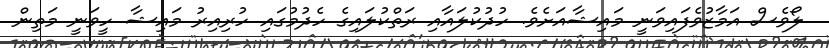
ލޯވެސް އަމާޒުވެފައިވަނީ މައިޝާއަށެވެ. ހުދުކުލައާއި ރަތްކުލައިގެ ހެދުމުގައި ހުރިއިރު މައިޝާ ހީވަނީ މަތިން